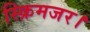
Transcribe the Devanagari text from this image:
स्क्रिमजर।